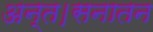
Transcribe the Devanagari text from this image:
अन्त।सनातन